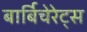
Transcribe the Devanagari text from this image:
बार्बिचेरेट्स